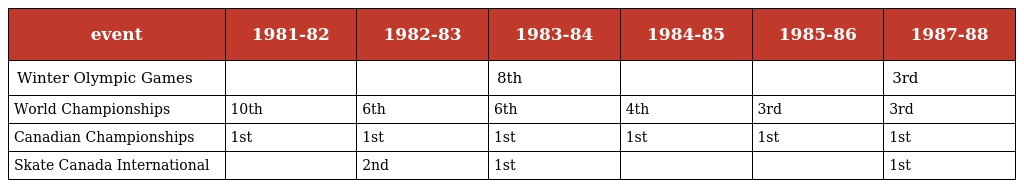
| event | 1981-82 | 1982-83 | 1983-84 | 1984-85 | 1985-86 | 1987-88 |
 | --- | --- | --- | --- | --- | --- | --- |
 | Winter Olympic Games |  |  | 8th |  |  | 3rd |
 | World Championships | 10th | 6th | 6th | 4th | 3rd | 3rd |
 | Canadian Championships | 1st | 1st | 1st | 1st | 1st | 1st |
 | Skate Canada International |  | 2nd | 1st |  |  | 1st |